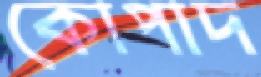
কোপাদ